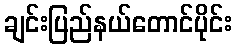
ချင်းပြည်နယ်တောင်ပိုင်း